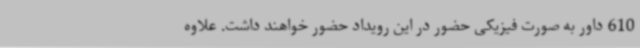
610 داور به صورت فیزیکی حضور در این رویداد حضور خواهند داشت. علاوه